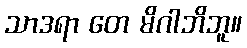
သာဒရာ တေ မိဂါဘိဘူ။